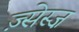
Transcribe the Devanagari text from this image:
ज़्सेस्ज़